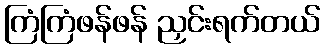
ကြံကြံဖန်ဖန် ညှင်းရက်တယ်